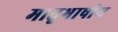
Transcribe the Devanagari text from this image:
मातृभाषीय